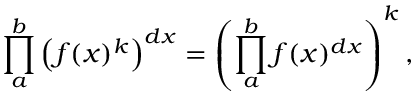
\prod _ { a } ^ { b } \left( f ( x ) ^ { k } \right) ^ { d x } = \left( \prod _ { a } ^ { b } f ( x ) ^ { d x } \right) ^ { k } ,